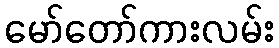
မော်တော်ကားလမ်း